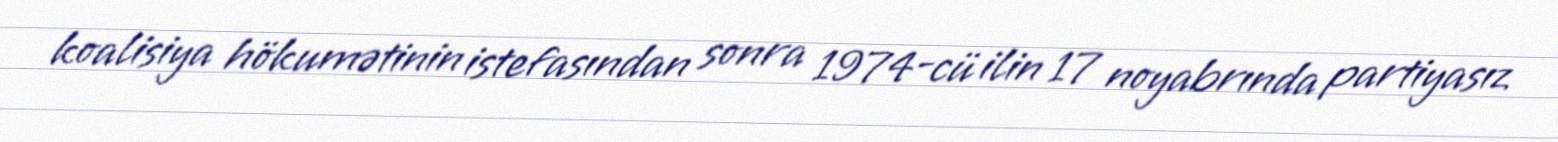
koalisiya hökumətinin istefasından sonra 1974-cü ilin 17 noyabrında partiyasız